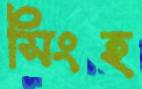
সিংহ